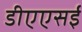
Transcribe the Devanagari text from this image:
डीएएसई